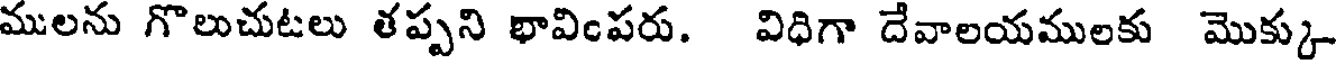
ములను గొలుచుటలు తప్పని భావింపరు. విధిగా దేవాలయములకు మొక్కు